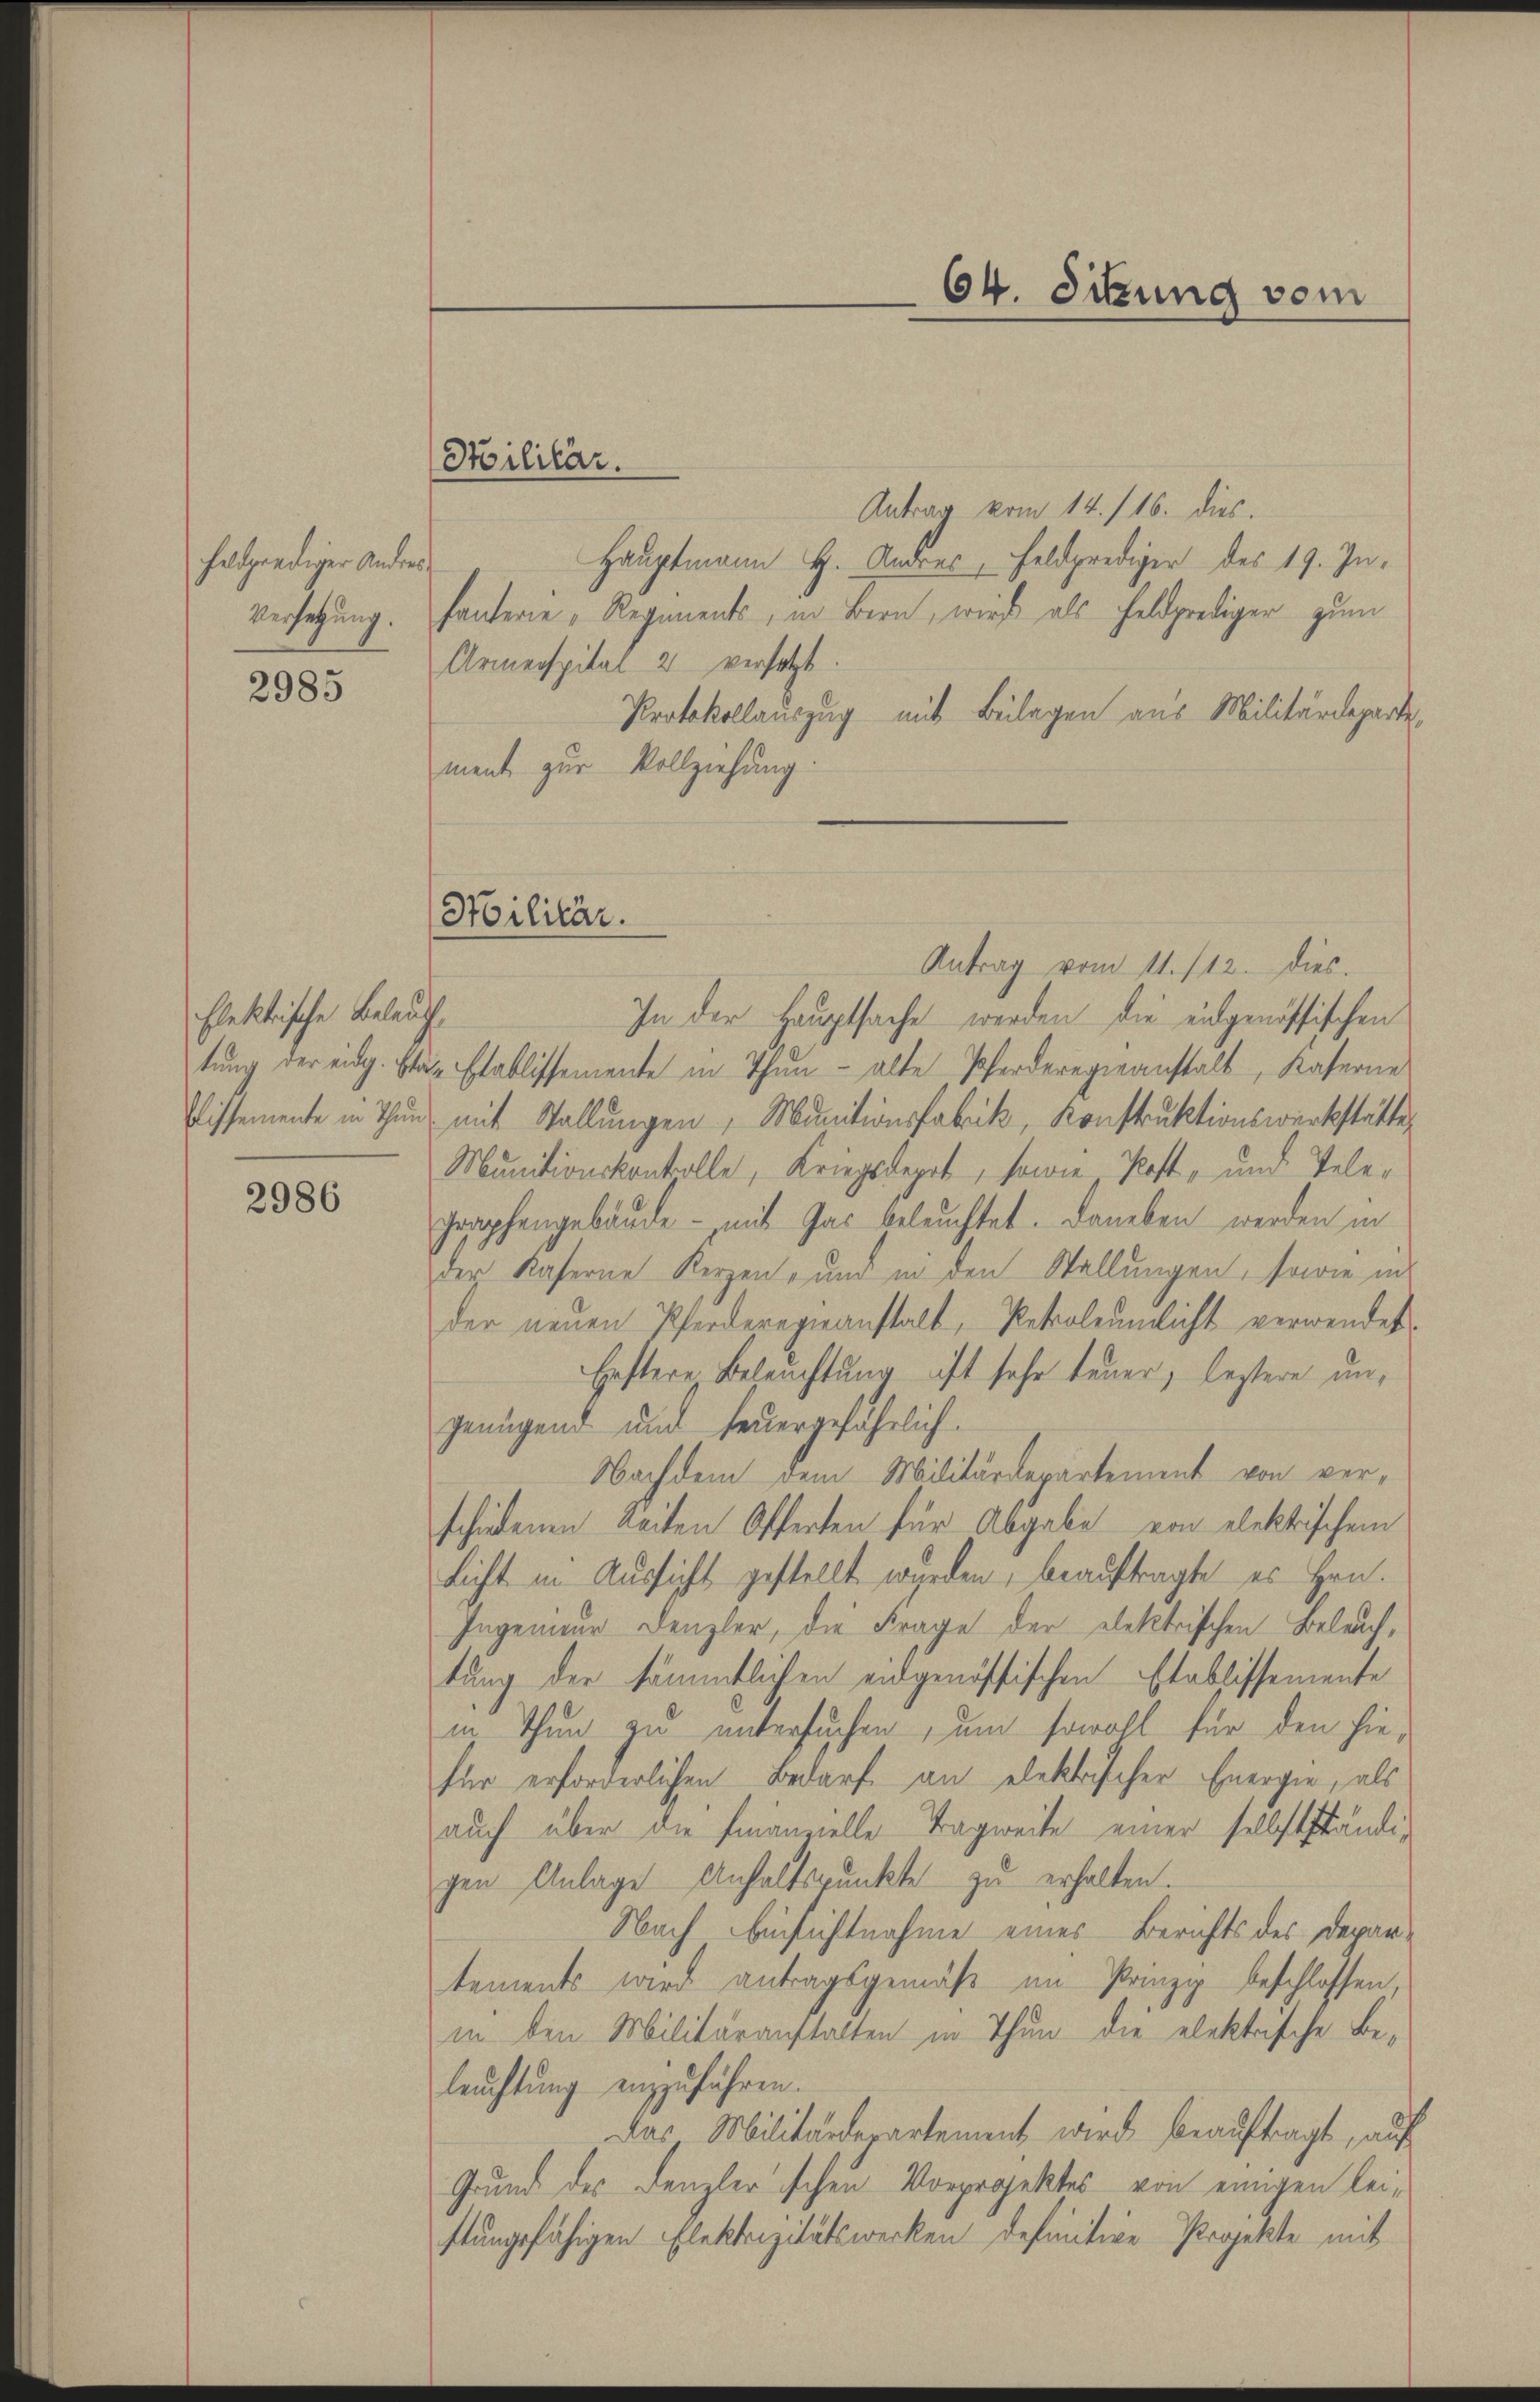
feldprediger Andres
Versetzung.

2985

Elektrische Beletung der eidg. Es
Wissemente in Thun

2986

Stilitär.

Hilitär.
Antrag vom 11. /12. dies

Antrag vom 14. /16. dies.
Hauptmann H. Andres, Feldprediger des 19. In¬
¬
hanterie, Regiments, in Bern, wird als Feldprediger zum
Armenspital 2 versetzt.
Protokollauszug mit Beilagen aus Militärdepartement zur Vollziehung.
.
In der Hauptsache werden die eidgenössischen
dn Etablissemente in Thun alte Pferderegieanstalt, Kaserne
mit Stellungen, Munitionsfabrik, Konstruktionswerkstätte,
Munitionskontolle, Kriegsleget, sowie Kost, und Tele¬
Graphengebäude - mit Jar beleuchtet. Daneben werden in
der Kaserne Kerzen, und in den Stellungen, sowie in
der neuen Pferderegieanstalt, Rekroleumlicht verwendet
Gestere Beleuchtung ist sehr teuer, bestere ungenügend und feuergefährlich.
Nachdem dem Militärdepartement von verschiedenen Seiten Offerten für Abgabe von elektischem
Licht in Aussicht gestellt wurden, beauftragte es Hrn.
Ingenieur Denzler, die Frage der elektrischen Beleuchtung der sämmtlichen eidgenössischen Etablissemente
in Thun zu untersuchen, um sowohl für den hiefür erforderlichen Bedarf an elektrischer Energie, als
auch über die Finanzelle Tragweite einer selbstständigen Anlage Anhaltspunkte zu erhalten.
Nach Einsichtnahme eines Berichts des Departements wird antragsgemäß im Prinzip beschlossen,
in den Militäranstalten in Thun die elektrische Beleuchtung einzuführen.
Das Militärdepartement wird beauftragt, auf
Grund des Denzlerischen Vorprojektes von einigen leistungsfähigen Elektrizitätswerken definitive Projekte mit

64. Sitzung vom